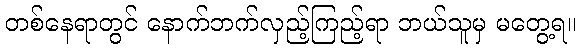
တစ်နေရာတွင် နောက်ဘက်လှည့်ကြည့်ရာ ဘယ်သူမှ မတွေ့ရ။